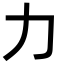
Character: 力